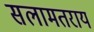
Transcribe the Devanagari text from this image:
सलामतराय